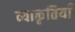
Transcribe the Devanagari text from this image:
व्याकृतियाँ